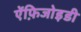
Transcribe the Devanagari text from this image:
ऐंफ़िजोइडी